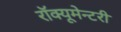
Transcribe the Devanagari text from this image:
रॉक्यूमेन्टरी